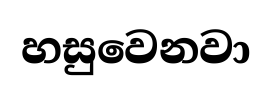
හසුවෙනවා